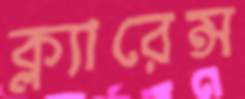
ক্ল্যারেন্স